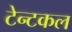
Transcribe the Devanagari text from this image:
टेन्टकल